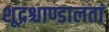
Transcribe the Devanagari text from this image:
शूद्रश्चाण्डालतां